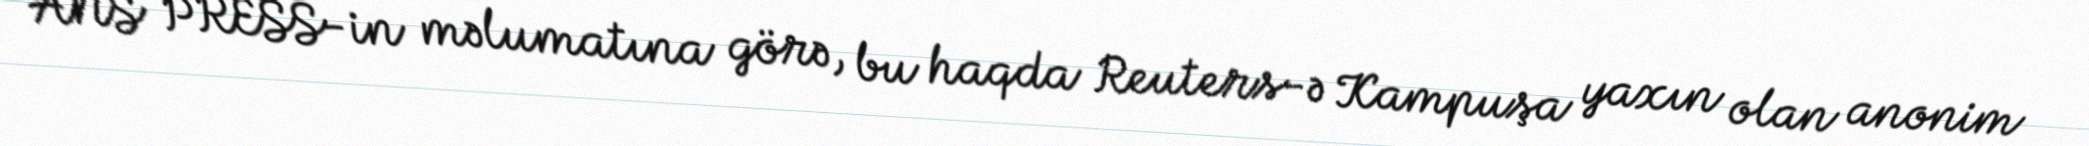
ANS PRESS-in məlumatına görə, bu haqda Reuters-ə Kampuşa yaxın olan anonim